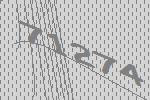
71274